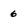
Character: 6